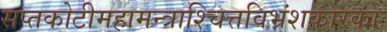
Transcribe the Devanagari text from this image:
सप्तकोटीमहामन्त्राश्चित्तविभ्रंशकारकाः